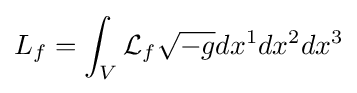
L_{f}=\int _{V}{\mathcal {L}}_{f}{\sqrt {-g}}dx^{1}dx^{2}dx^{3}